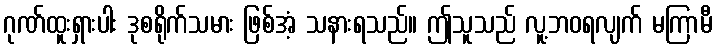
ဂုဏ်ထူးရှားပါး ဒုစရိုက်သမား ဖြစ်အံ့ သနားရသည်။ ဤသူသည် လူ့ဘဝရလျက် မကြာမီ